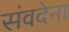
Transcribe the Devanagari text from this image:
संवदेना